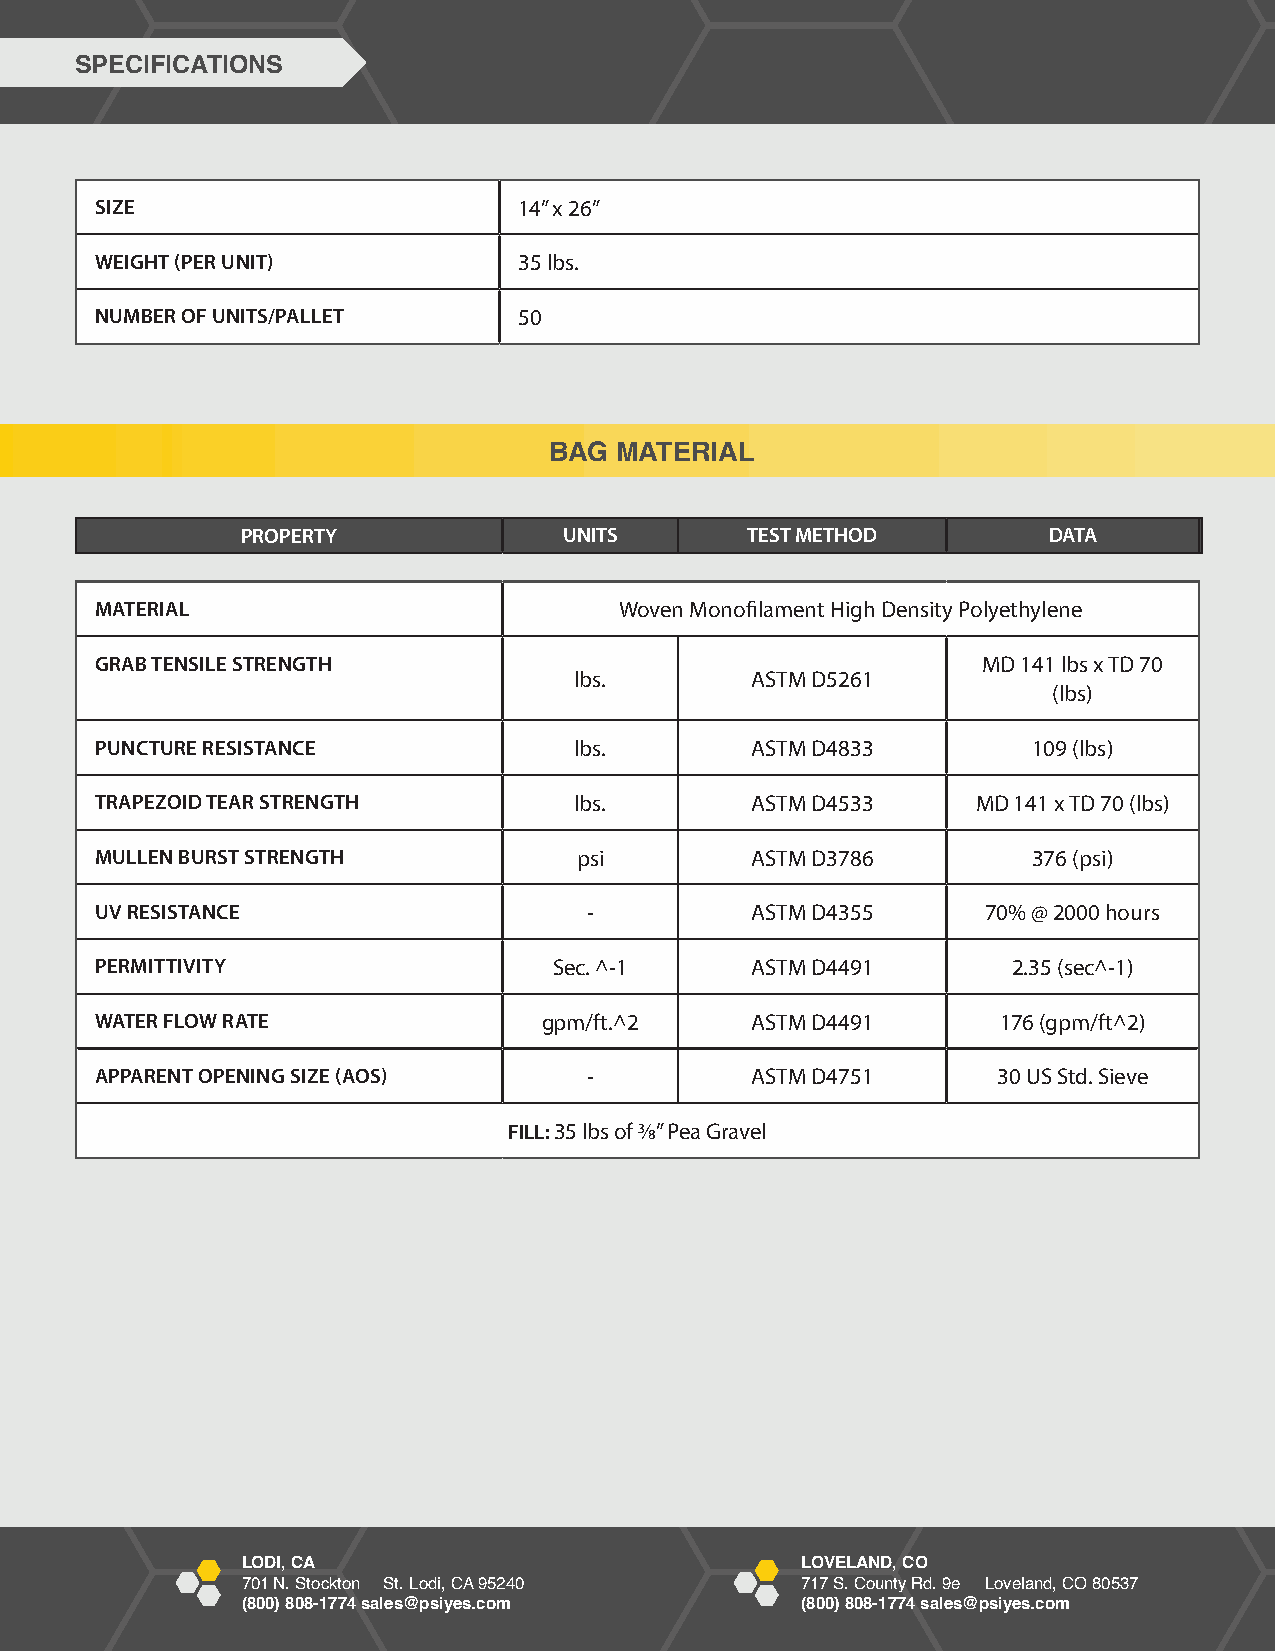
SPECIFICATIONS
 SIZE                        14” x 26”
 WEIGHT (PER UNIT)           35 lbs.
 NUMBER OF UNITS/PALLET      50
 BAG  MATERIAL
 PPRROOPPEERRTTYY   TESTU MNEITTSHOD TEST METHOD DATA DATA
 MATERIAL                           Woven Monofi lament High Density Polyethylene
 GRAB TENSILE STRENGTH                                      MD 141 lbs x TD 70
 lbs.        ASTM D5261
 (lbs)
 PUNCTURE RESISTANCE             lbs.        ASTM D4833        109 (lbs)
 TRAPEZOID TEAR STRENGTH         lbs.        ASTM D4533     MD 141 x TD 70 (lbs)
 MULLEN BURST STRENGTH           psi         ASTM D3786        376 (psi)
 UV RESISTANCE                    -          ASTM D4355     70% @ 2000 hours
 PERMITTIVITY                   Sec. ^-1     ASTM D4491       2.35 (sec^-1)
 WATER FLOW RATE               gpm/ft.^2     ASTM D4491      176 (gpm/ft^2)
 APPARENT OPENING SIZE (AOS)      -          ASTM D4751      30 US Std. Sieve
 FILL: 35 lbs of 3⁄8” Pea Gravel
 LODI, CA                             LOVELAND, CO
 701 N. Stockton St. Lodi, CA 95240   717 S. County Rd. 9e Loveland, CO 80537
 (800) 808-1774 sales@psiyes.com      (800) 808-1774 sales@psiyes.com